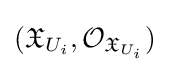
({\mathfrak {X}}_{U_{i}},{\mathcal {O}}_{{\mathfrak {X}}_{U_{i}}})